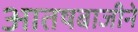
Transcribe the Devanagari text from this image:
आतषबाजीने